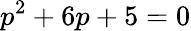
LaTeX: p^{2}+6p+5=0